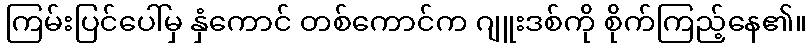
ကြမ်းပြင်ပေါ်မှ နှံကောင် တစ်ကောင်က ဂျူးဒစ်ကို စိုက်ကြည့်နေ၏။